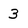
Character: 3